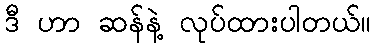
ဒီ ဟာ ဆန်နဲ့ လုပ်ထားပါတယ်။